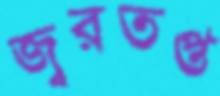
জ্বরতপ্ত